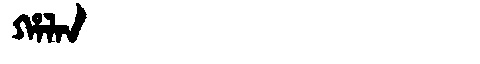
Manchu: ᡥᠠᠯᠠᠨ
Romanization: HALAN